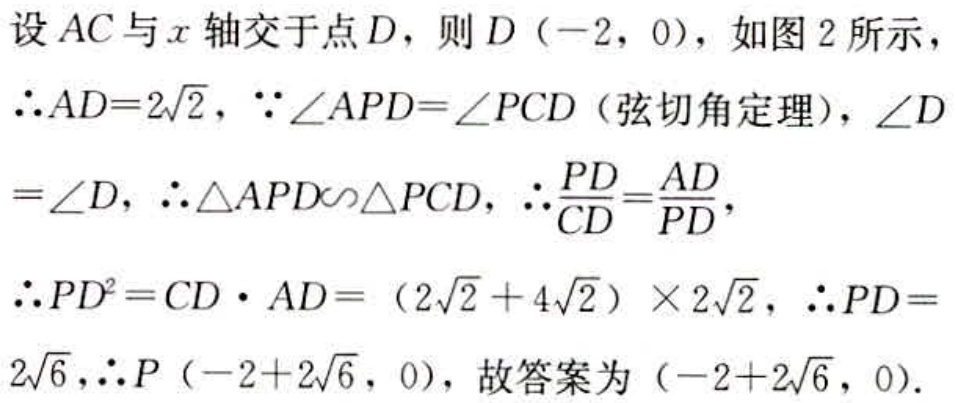
设 \(AC\) 与 \(x\) 轴交于点 \(D\)，则 \(D（-2，0）\)，如图 2 所示，
\(\therefore AD = 2\sqrt{2}\)，\(\because\angle APD=\angle PCD\)（弦切角定理），\(\angle D\)
\(=\angle D\)，\(\therefore\triangle APD\sim\triangle PCD\)，\(\therefore\frac{PD}{CD}=\frac{AD}{PD}\)，
\(\therefore PD^{2}=CD\cdot AD=(2\sqrt{2}+4\sqrt{2})\times2\sqrt{2}\)，\(\therefore PD = 2\sqrt{6}\)，\(\therefore P（-2 + 2\sqrt{6}，0）\)，故答案为 \((-2 + 2\sqrt{6}，0)\)。